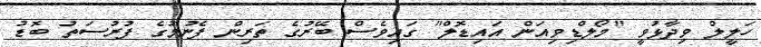
ހަލީލް ވިދާޅުވީ "މޯލްޑިވިއަން އައިޑޮލް" ގައިވެސް ބޭރުގެ ތަރިން ފެނުމުގެ ފުރުސަތު ބޮޑު